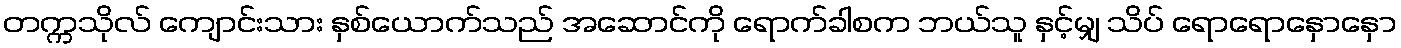
တက္ကသိုလ် ကျောင်းသား နှစ်ယောက်သည် အဆောင်ကို ရောက်ခါစက ဘယ်သူ နှင့်မျှ သိပ် ရောရောနှောနှော